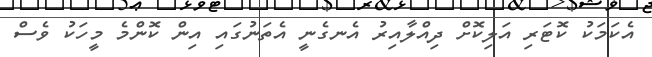
އެކަމަކު ކޮޓަރި އަލިކޮށް ދިއްލާއިރު އެނގެނީ އެތަނުގައި އިން ކޮންމެ މީހަކު ވެސް